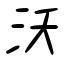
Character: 沃